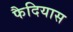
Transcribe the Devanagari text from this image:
फैदियास